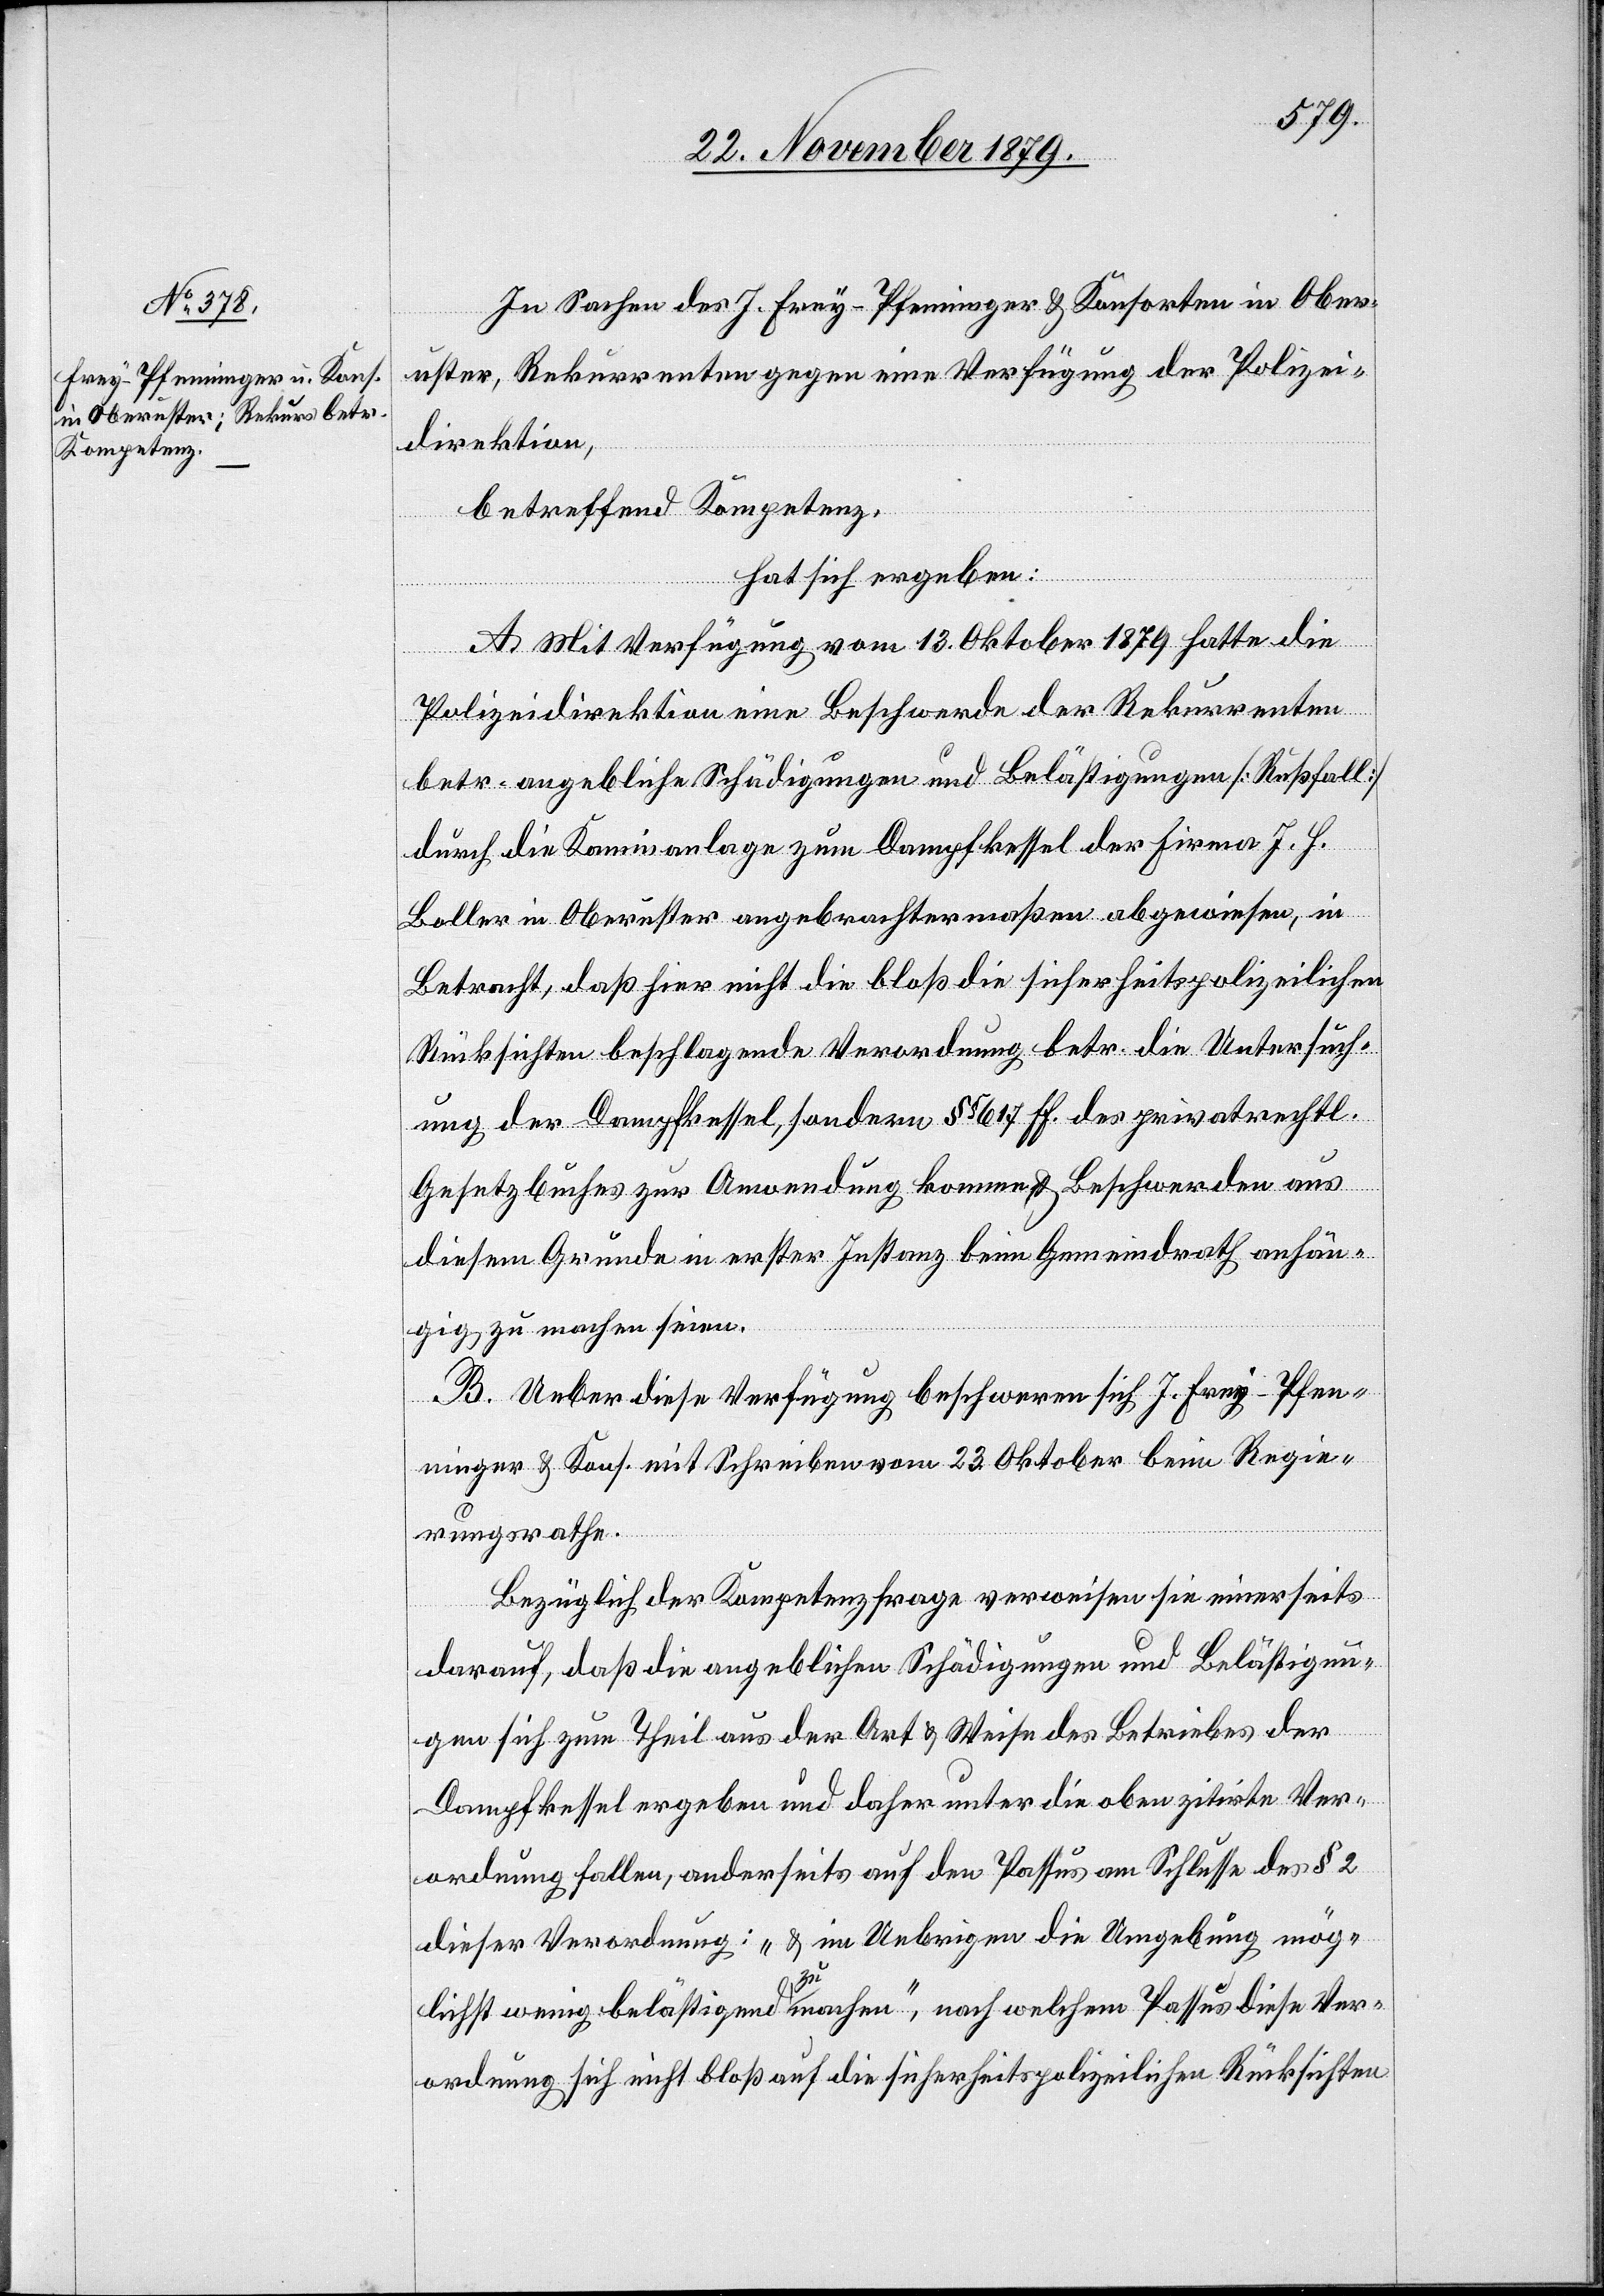
In Sachen des J. Frey-Pfenninger & Konsorten in Ober¬
uster, Rekurs gegen eine Verfügung der Polizei¬
direktion,
betreffend Kompetenz,
hat sich ergeben:
A. Mit Verfügung vom 13. Oktober 1879 hatte die
Polizeidirektion eine Beschwerde der Rekurrenten
betr. angebliche Schädigungen und Belästigungen [Rußfall]
durch die Kaminanlage zum Dampfkessel der Firmen J. H.
Boller in Oberuster angebrachtermaßen abgewiesen, in
Betracht, daß hier nicht bloß die sicherheitspolizeilichen
Rücksichten beschlagende Verordnung betr. die Untersuch¬
ung der Dampfkessel, sondern §§ 615 ff. des privatrechtl.
Gesetzbuches zur Anwendung kommen & Beschwerden aus
diesem Grunde in erster Instanz beim Gemeindrath anhän¬
gig zu machen seien.
B. Ueber diese Verfügung beschweren sich J. Frey-Pfen¬
ninger & Kons. mit Schreiben vom 23. Oktober beim Regie¬
rungsrathe.
Bezüglich der Kompetenzfrage verweisen sie einerseits
darauf, daß die angeblichen Schädigungen und Belästigun¬
gen sich zum Theil aus der Art & Weise des Betriebes der
Dampfkessel ergeben und daher unter die oben zitierte Ver¬
ordnung fallen, anderseits auf den Passus am Schlusse des § 2
dieser Verordnung; „& im Uebrigen die Umgebung mög¬
lichst wenig belästigend zu machen“, nach welchem Passus diese Ver¬
ordnung sich nicht bloß auf die sicherheitspolizeilichen Rücksichten